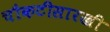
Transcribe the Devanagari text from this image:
चौकटीसारखी